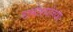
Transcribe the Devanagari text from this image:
रामोश्यांच्या